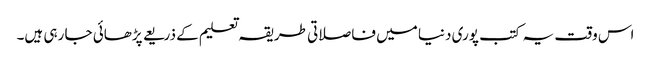
اس وقت یہ کتب پوری دنیا میں فاصلاتی طریقہ تعلیم کے ذریعے پڑھائی جا رہی ہیں۔